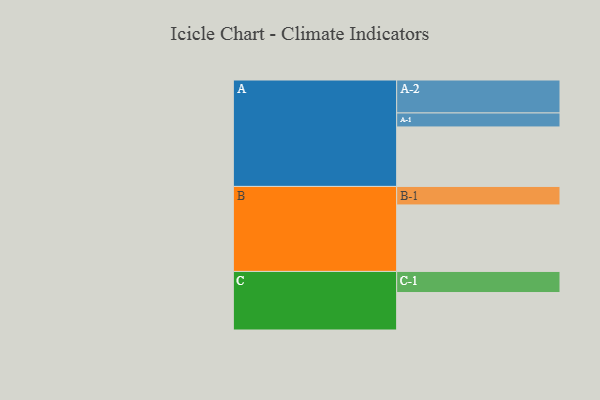
{"axis": {"x": "Segment", "y": "Value"}, "legend": ["", "A", "B", "C"], "data": [{"x": "A", "y": 527, "type": ""}, {"x": "B", "y": 589, "type": ""}, {"x": "C", "y": 332, "type": ""}, {"x": "A-1", "y": 124, "type": "A"}, {"x": "A-2", "y": 292, "type": "A"}, {"x": "B-1", "y": 164, "type": "B"}, {"x": "C-1", "y": 187, "type": "C"}]}